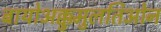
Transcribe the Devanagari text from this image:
बायोअक्कुमुलतिओन